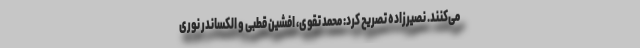
می‌کنند. نصیرزاده تصریح کرد: محمد تقوی، افشین قطبی و الکساندر نوری